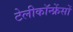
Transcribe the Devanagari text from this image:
टेलीकॉन्फ्रेंसों